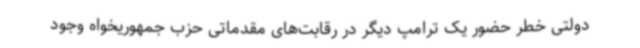
دولتی خطر حضور یک ترامپ دیگر در رقابت‌های مقدماتی حزب جمهوریخواه وجود